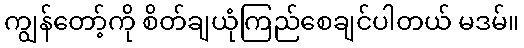
ကျွန်တော့်ကို စိတ်ချယုံကြည်စေချင်ပါတယ် မဒမ်။